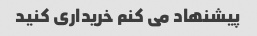
پیشنهاد می کنم خریداری کنید